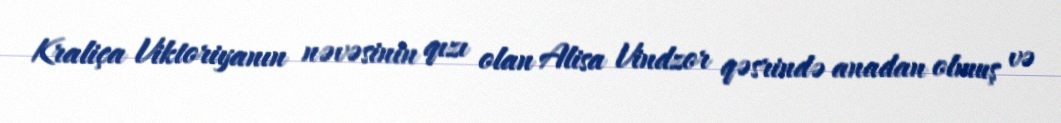
Kraliça Viktoriyanın nəvəsinin qızı olan Alisa Vindzor qəsrində anadan olmuş və